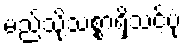
မည်သို့သစ္စာရှိသင့်ပုံ